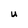
Character: u